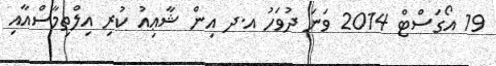
19 އޯގަސްޓް 2014 ވަނަ ދުވަހު އ.ދ އިން ޝާޢިއު ކުރި އިލްތިމާސްއާއި